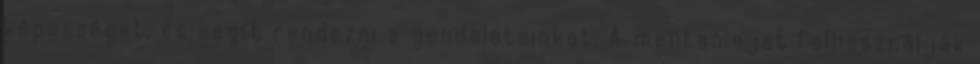
képességet, és segít rendezni a gondolatainkat. A mentaolajat felhasználják